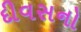
દીવસનો